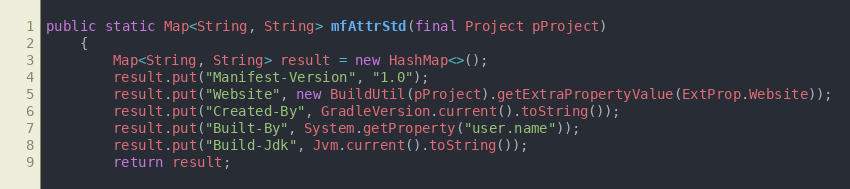
Language: Java
public static Map<String, String> mfAttrStd(final Project pProject)
    {
        Map<String, String> result = new HashMap<>();
        result.put("Manifest-Version", "1.0");
        result.put("Website", new BuildUtil(pProject).getExtraPropertyValue(ExtProp.Website));
        result.put("Created-By", GradleVersion.current().toString());
        result.put("Built-By", System.getProperty("user.name"));
        result.put("Build-Jdk", Jvm.current().toString());
        return result;